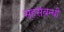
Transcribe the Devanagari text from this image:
सहसंबन्धी